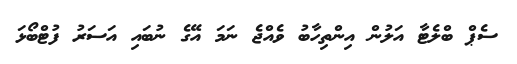
ސެޕް ބްލެޓާ އަލުން އިންތިހާބު ވެއްޖެ ނަމަ އޭގެ ނުބައި އަސަރު ފުޓްބޯޅަ